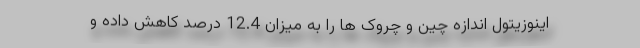
اینوزیتول اندازه چین و چروک ها را به میزان 12.4 درصد کاهش داده و